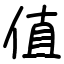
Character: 值